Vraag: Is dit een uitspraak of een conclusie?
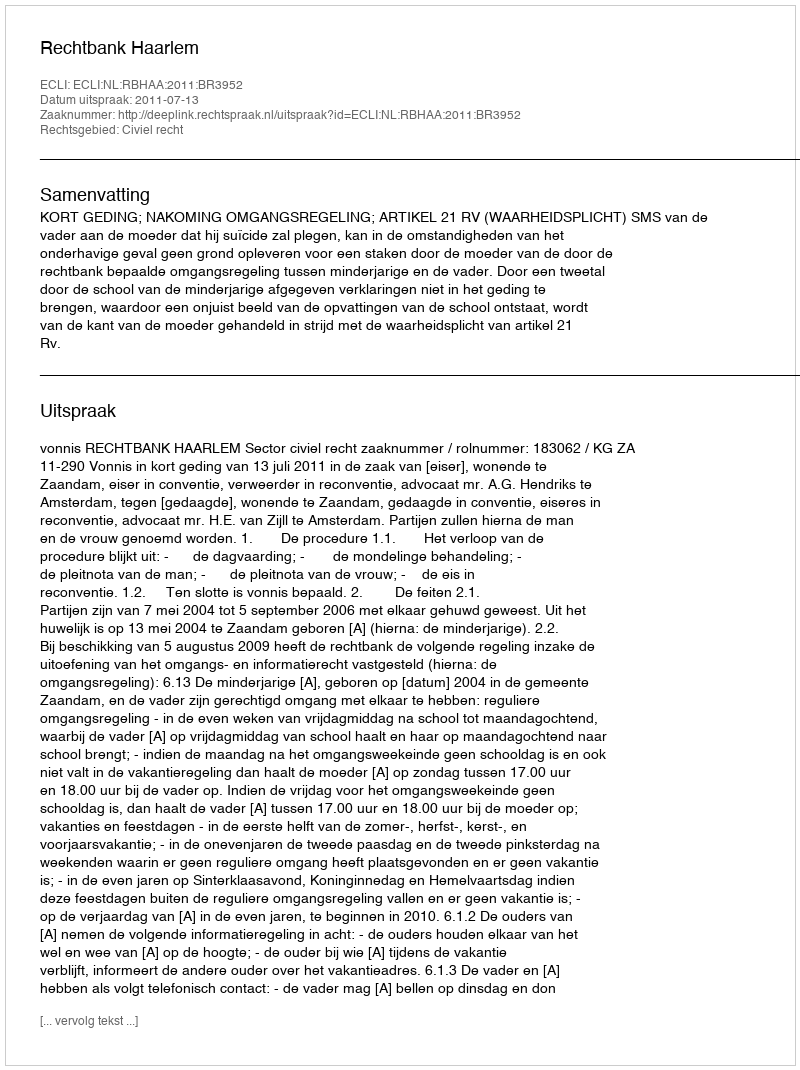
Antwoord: Uitspraak